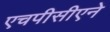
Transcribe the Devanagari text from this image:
एचपीसीएने